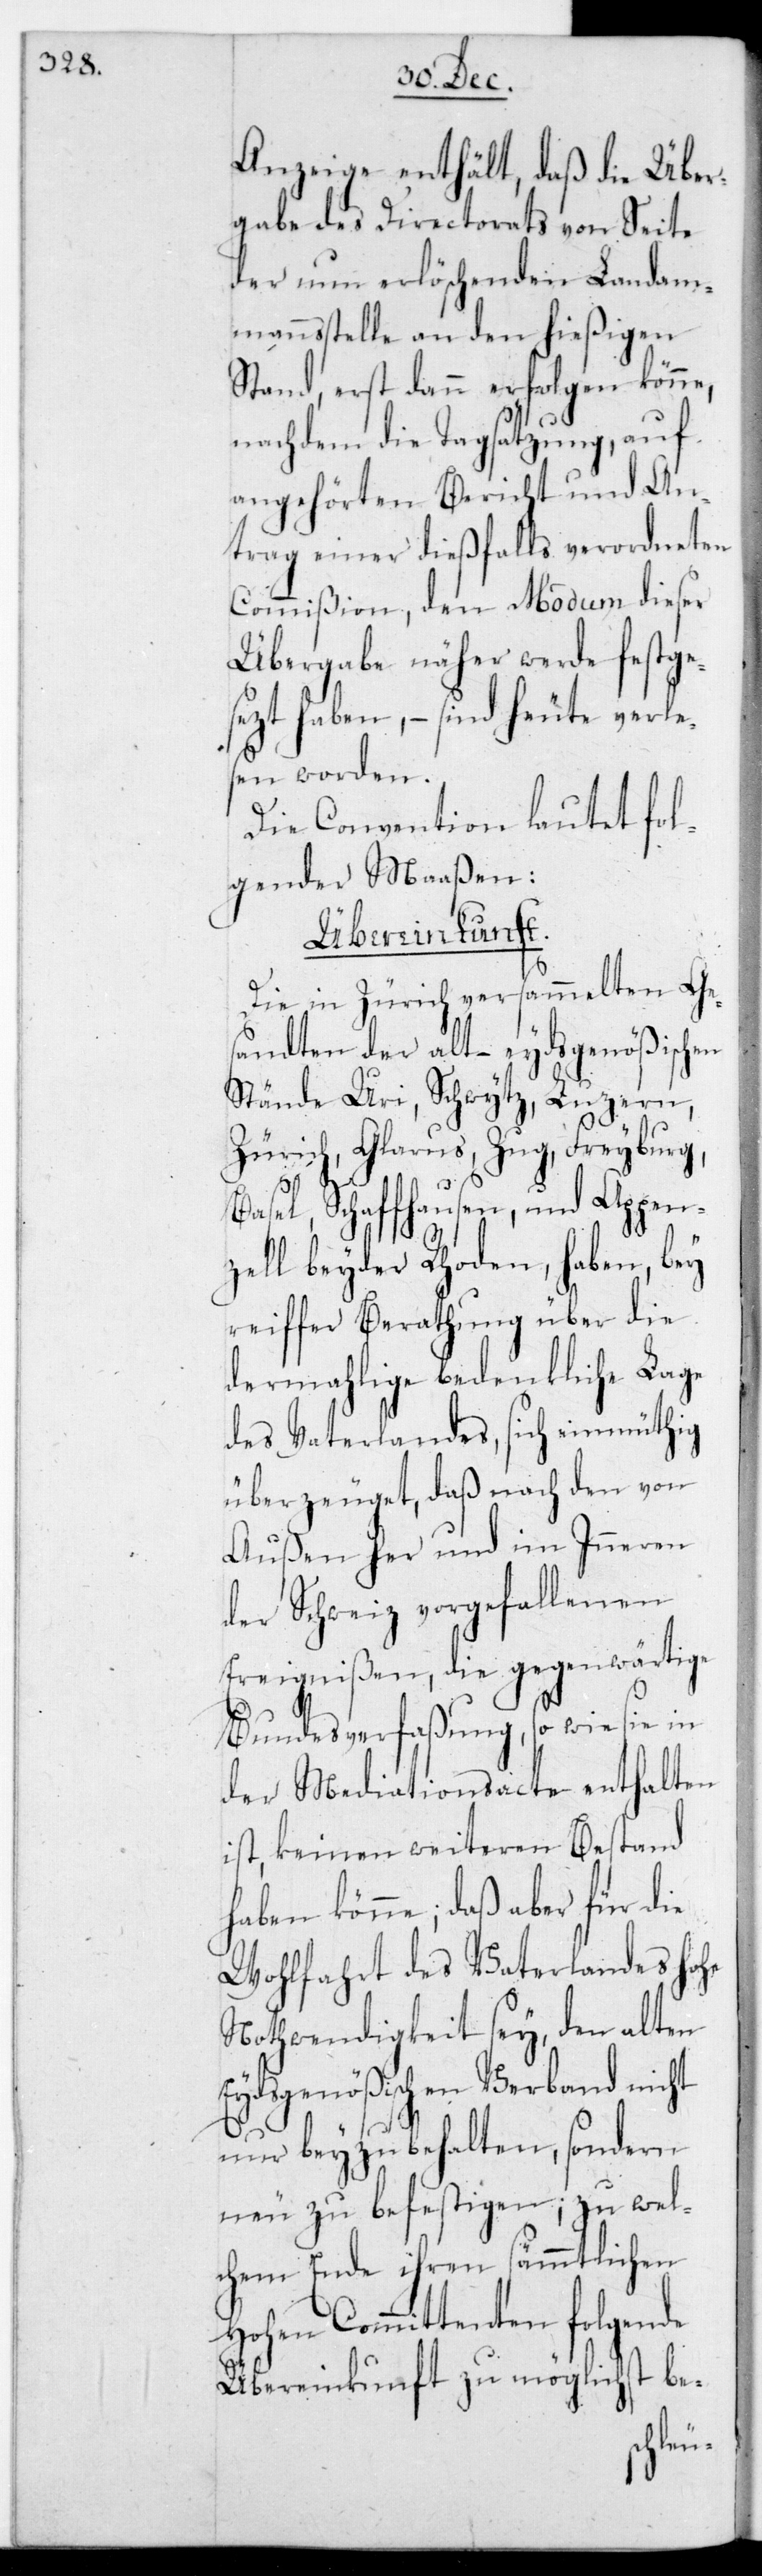
Anzeige enthält, daß die Über¬
gabe des Directorats von Seite
der nun erlöschenden Landam¬
mannsstelle an den hießigen
Stand, erst dann erfolgen könne,
nachdem die Tagsatzung, auf
angehörten Bericht und An¬
trag einer dießfalls verordneten
Commißion, den Modum dieser
Übergabe näher werde festges¬
etzt haben, – sind heute verle¬
sen worden.
Die Convention lautet fol¬
gender Maaßen:
Übereinkunft.
Die in Zürich versammelten Ge¬
sandten der alt-Eydsgenößischen
Stände Uri, Schwytz, Luzern,
Zürich, Glarus, Zug, Freyburg,
Basel, Schaffhausen und Appen¬
zell beyder Rhoden, haben bey
reifer Berathung über die
dermalige bedenkliche Lage
des Vaterlandes, sich einmüthig
überzeuget, daß nach den von
außen her und im Inneren
der Schweiz vorgefallenen
Ereignißen, die gegenwärtige
Bundesverfaßung, so wie sie in
der Mediationsacte enthalten
ist, keinen weiteren Bestand
haben könne; daß aber für die
Wohlfahrt des Vaterlandes Hohe
Nothwendigkeit sey, den alten
Eydsgenößischen Verband nicht
nur beyzubehalten, sondern
neu zu befestigen, zu wel¬
chem Ende ihren sämmtlichen
Hohen Committenten folgende
Übereinkunft zu möglichst be-